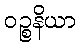
ဝဉ္စနိယာ